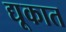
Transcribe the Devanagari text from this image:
द्यूकात